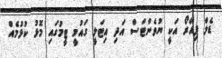
ޑެލް ޕިއޭރޯ އަކީ ޔުވެންޓަސް އަދި އިޓަލީ ގައުމީ ޓީމުގައި މޮޅު ކުޅުމެއް